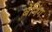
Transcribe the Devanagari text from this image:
बेनिंग